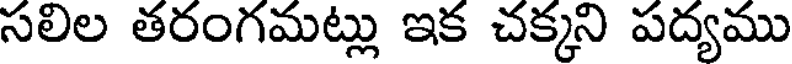
సలిల తరంగమట్లు ఇక చక్కని పద్యము